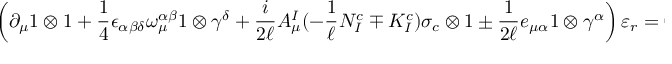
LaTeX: \left( \partial _ { \mu } 1 \otimes 1 + \frac { 1 } { 4 } \epsilon _ { \alpha \beta \delta } \omega _ { \mu } ^ { \alpha \beta } 1 \otimes \gamma ^ { \delta } + \frac { i } { 2 \ell } A _ { \mu } ^ { I } ( - \frac { 1 } { \ell } N _ { I } ^ { c } \mp K _ { I } ^ { c } ) \sigma _ { c } \otimes 1 \pm \frac { 1 } { 2 \ell } e _ { \mu \alpha } 1 \otimes \gamma ^ { \alpha } \right) \varepsilon _ { r } = 0 \ ,